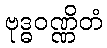
ဗုဒ္ဓဝဏ္ဏိတံ